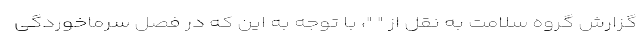
گزارش گروه سلامت به نقل از " "، با توجه به این که در فصل سرماخوردگی